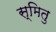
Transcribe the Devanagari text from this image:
स्मितु